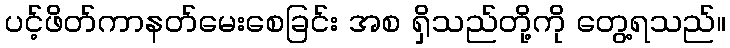
ပင့်ဖိတ်ကာနတ်မေးစေခြင်း အစ ရှိသည်တို့ကို တွေ့ရသည်။